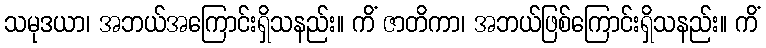
သမုဒယာ၊ အဘယ်အကြောင်းရှိသနည်း။ ကိံ ဇာတိကာ၊ အဘယ်ဖြစ်ကြောင်းရှိသနည်း။ ကိံ